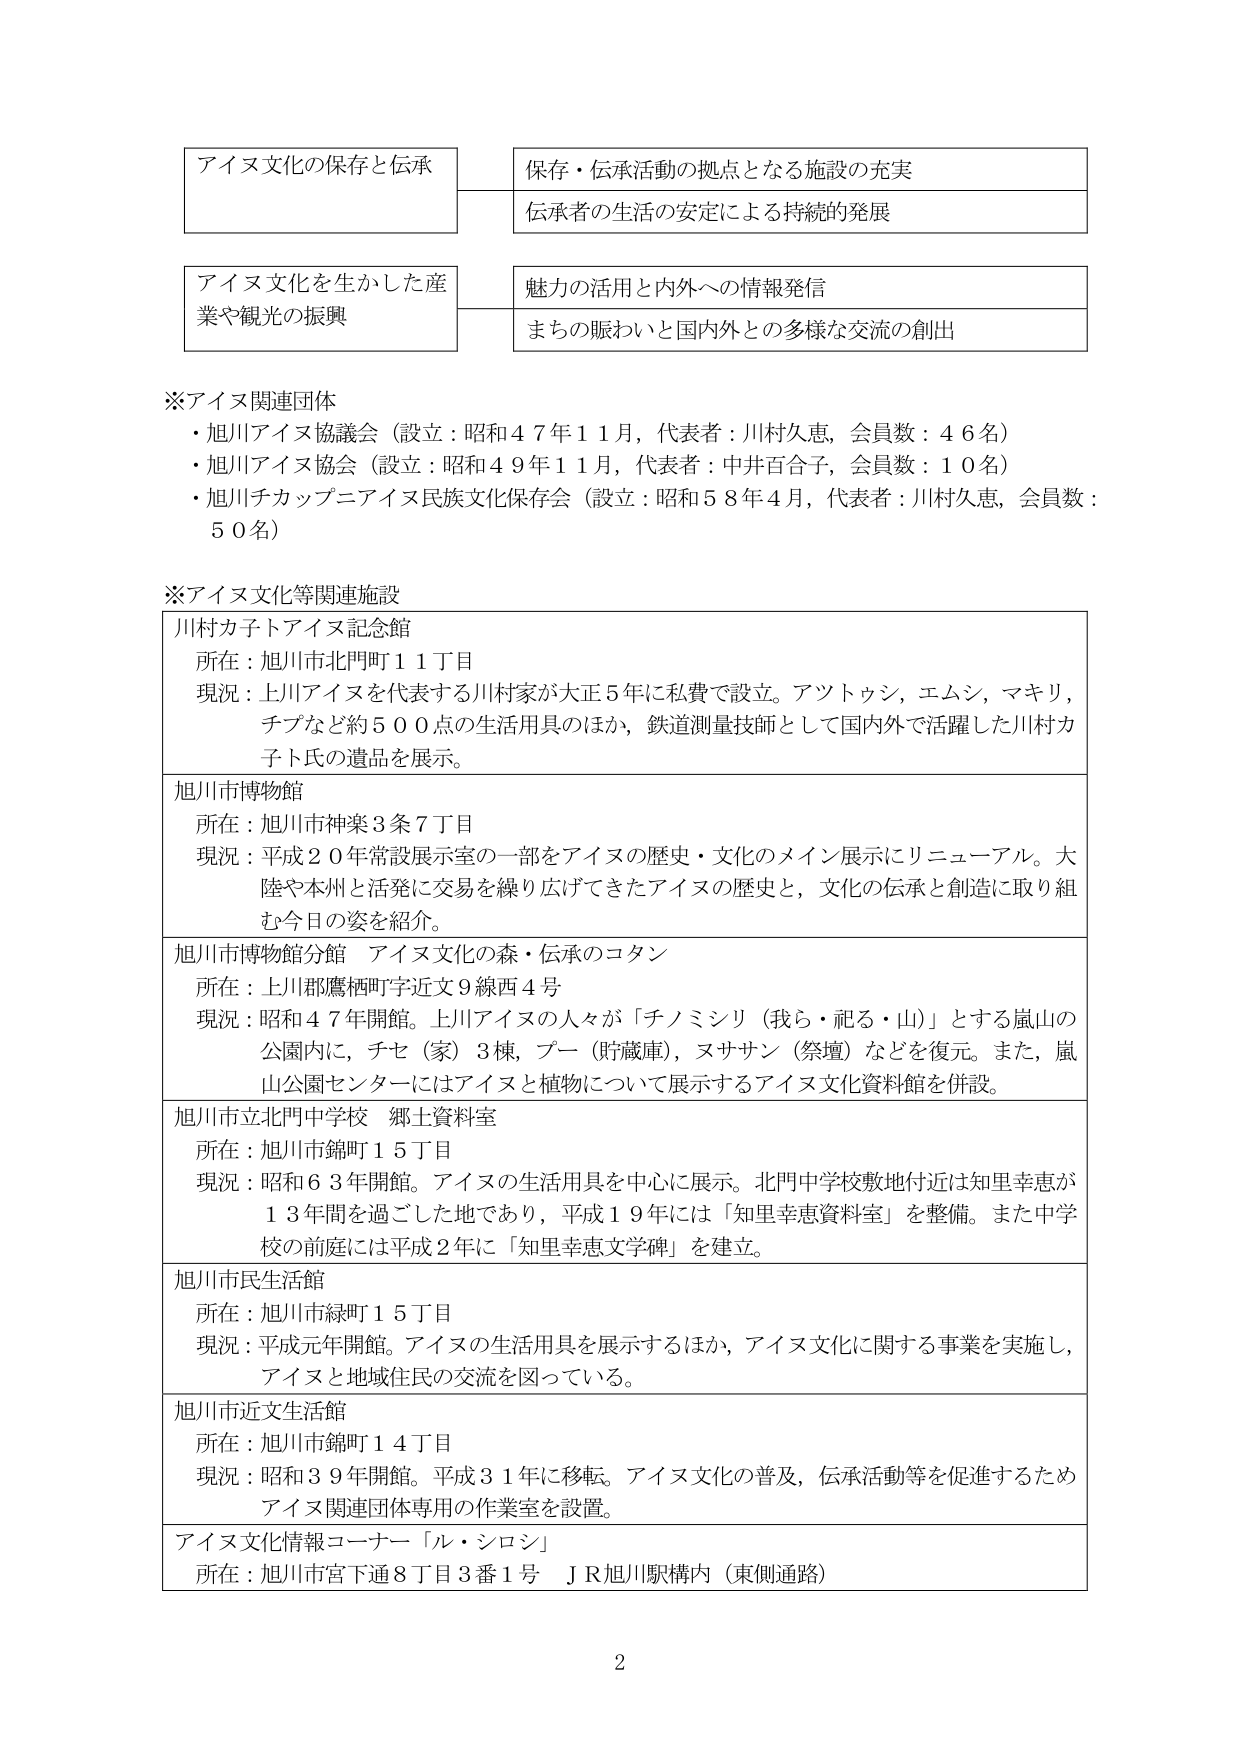
アイヌ文化の保存と伝承
保存・伝承活動の拠点となる施設の充実
伝承者の生活の安定による持続的発展

アイヌ文化を生かした産業や観光の振興
魅力の活用と内外への情報発信
まちの賑わいと国内外との多様な交流の創出

※アイヌ関連団体
・旭川アイヌ協議会（設立：昭和47年11月，代表者：川村久恵，会員数：46名）
・旭川アイヌ協会（設立：昭和49年11月，代表者：中井百合子，会員数：10名）
・旭川チカップニアイヌ民族文化保存会（設立：昭和58年4月，代表者：川村久恵，会員数：50名）

※アイヌ文化等関連施設
川村カ子トアイヌ記念館
所在：旭川市北門町11丁目
現況：上川アイヌを代表する川村家が大正5年に私費で設立。アツトゥシ，エムシ，マキリ，チブなど約500点の生活用具のほか，鉄道測量技師として国内外で活躍した川村カ子ト氏の遺品を展示。

旭川市博物館
所在：旭川市神楽3条7丁目
現況：平成20年常設展示室の一部をアイヌの歴史・文化のメイン展示にリニューアル。大陸や本州と活発に交易を繰り広げてきたアイヌの歴史と，文化の伝承と創造に取り組む今日の姿を紹介。

旭川市博物館分館 アイヌ文化の森・伝承のコタン
所在：上川郡鷹栖町字近文9線西4号
現況：昭和47年開館。上川アイヌの人々が「チノミシリ（我ら・祀る・山）」とする嵐山の公園内に，チセ（家）3棟，ブー（貯蔵庫），ヌササン（祭壇）などを復元。また，嵐山公園センターにはアイヌと植物について展示するアイヌ文化資料館を併設。

旭川市立北門中学校 郷土資料室
所在：旭川市錦町15丁目
現況：昭和63年開館。アイヌの生活用具を中心に展示。北門中学校敷地付近は知里幸恵が13年間を過ごした地であり，平成19年には「知里幸恵資料室」を整備。また中学校の前庭には平成2年に「知里幸恵文学碑」を建立。

旭川市民生活館
所在：旭川市緑町15丁目
現況：平成元年開館。アイヌの生活用具を展示するほか，アイヌ文化に関する事業を実施し，アイヌと地域住民の交流を図っている。

旭川市近文生活館
所在：旭川市錦町14丁目
現況：昭和39年開館。平成31年に移転。アイヌ文化の普及，伝承活動等を促進するためアイヌ関連団体専用の作業室を設置。

アイヌ文化情報コーナー「ル・シロン」
所在：旭川市宮下通8丁目3番1号 ＪＲ旭川駅構内（東側通路）

2